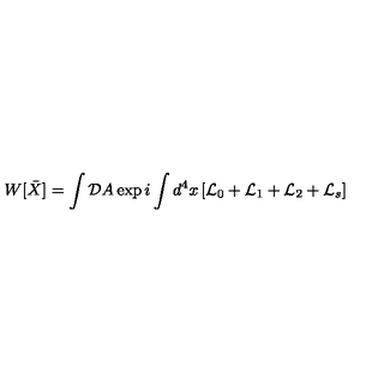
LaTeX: W [ \bar { X } ] = \int { \cal D } A \exp { i \int d ^ { 4 } x \left[ { \cal L } _ { 0 } + { \cal L } _ { 1 } + { \cal L } _ { 2 } + { \cal L } _ { s } \right] }